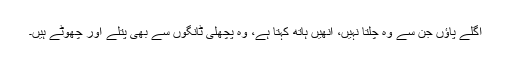
اگلے پاؤں جن سے وہ چلتا نہیں، انھیں ہاتھ کہتا ہے، وہ پچھلی ٹانگوں سے بھی پتلے اور چھوٹے ہیں۔